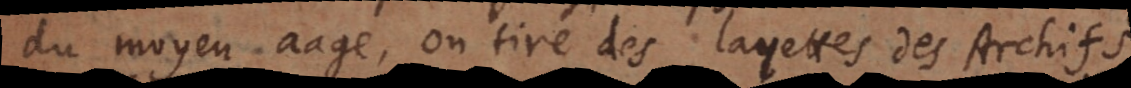
u moyen aage, on tire des layettes des Archifs